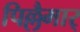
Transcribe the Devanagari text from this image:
पिल्लैमार्